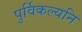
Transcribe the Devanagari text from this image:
पुर्विकल्यनि